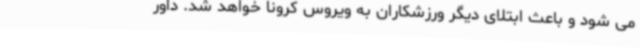
می شود و باعث ابتلای دیگر ورزشکاران به ویروس کرونا خواهد شد. داور